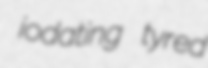
iodating tyred